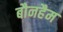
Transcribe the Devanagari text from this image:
बौनहैम